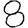
Digit: 8